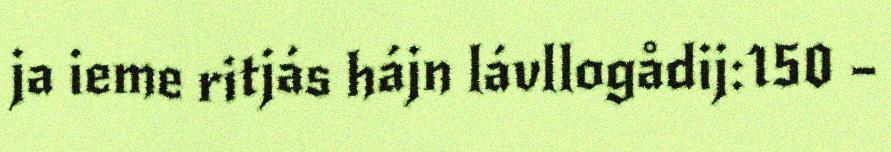
ja ieme ritjás hájn lávllogådij:150 –